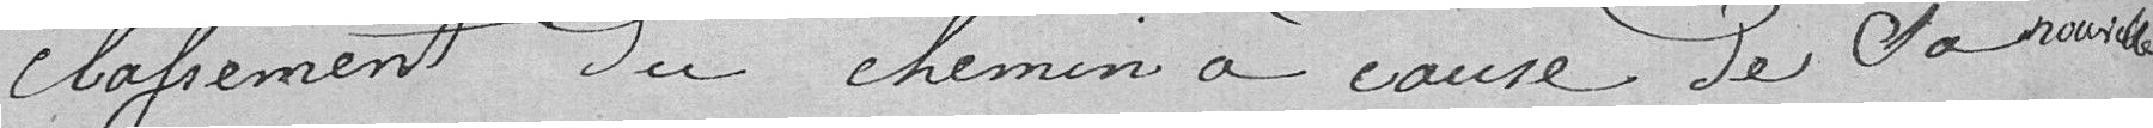
classement du chemin à cause de sa nouvelle